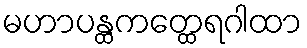
မဟာပန္ထကတ္ထေရဂါထာ